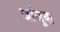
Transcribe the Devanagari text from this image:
जांजूवा